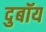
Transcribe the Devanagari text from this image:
दुबॉय